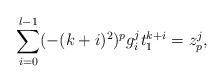
LaTeX: \begin{align*}\sum_{i=0}^{l-1}(-(k+i)^2)^pg_i^j t_1^{k+i} =z_p^j,\end{align*}